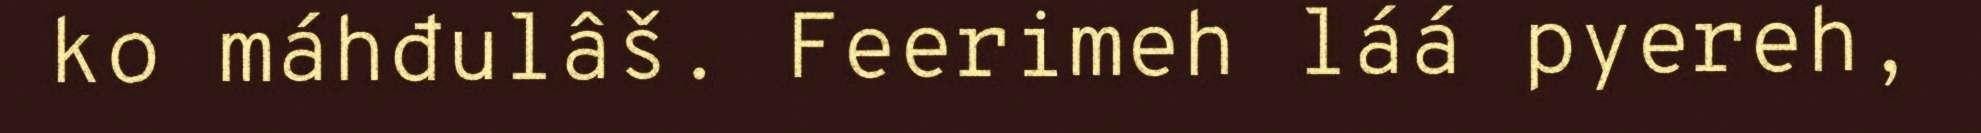
ko máhđulâš. Feerimeh láá pyereh,